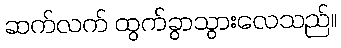
ဆက်လက် ထွက်ခွာသွားလေသည်။